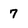
Character: 7